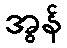
အွန်